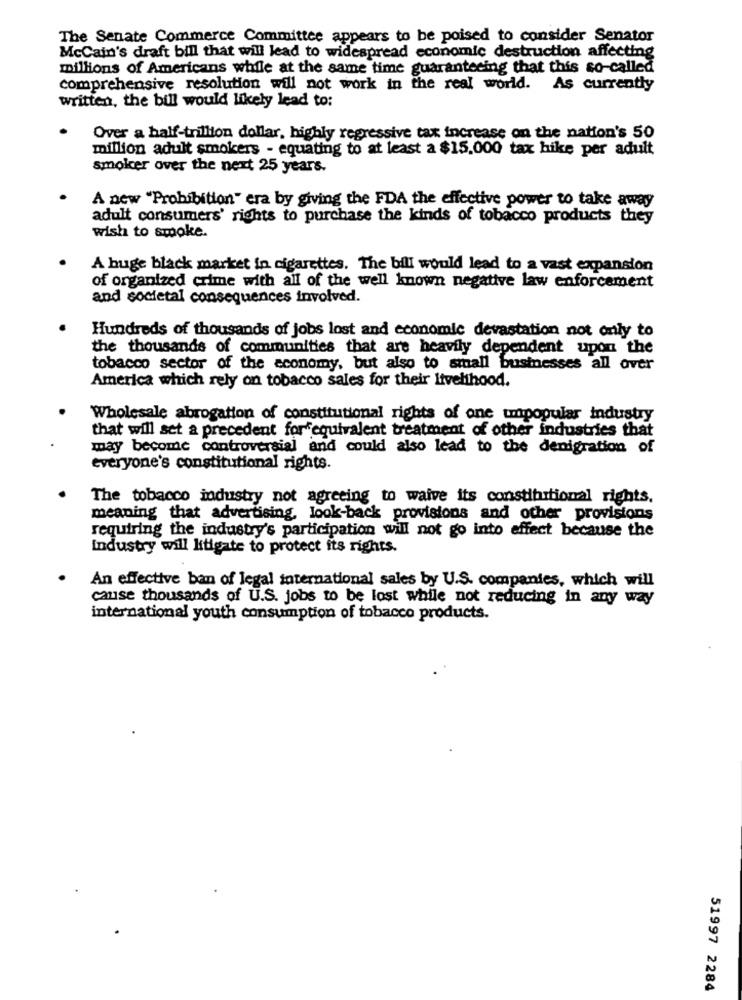
The Senate Commerce Committee appears to be poised to consider Senator
McCain's draft bill that will lead to widespread economic destruction affecting
millions of Americans while at the same time guaranteeing that this so-called
comprehensive resolution will not work in the real world. As currently
written, the bill would likely lead to:
Over a half-trillion dollar, highly regressive tax increase on the nation's 50
million adult smokers - equating to at least a $15.000 tax hike per adult
smoker over the next 25 years.
A new "Prohibition" era by giving the FDA the effective power to take away
adult consumers' rights to purchase the kinds of tobacco products they
wish to smoke.
A huge black market in cigarettes. The bill would lead to a vast expansion
of organized crime with all of the well known negative law enforcement
and societal consequences involved.
Hundreds of thousands of jobs lost and economic devastation not only to
the thousands of communities that are heavily dependent upon the
tobacco sector of the economy, but also to small businesses all over
America which rely on tobacco sales for their livelihood.
Wholesale abrogation of constitutional rights of one unpopular industry
that will set a precedent for equivalent treatment of other industries that
may become controversial and could also lead to the denigration of
everyone's constitutional rights.
The tobacco industry not agreeing to waive its constitutional rights.
meaning that advertising, look-back provisions and other provisions
requiring the industry's participation will not go into effect because the
Industry will litigate to protect its rights.
An effective ban of legal international sales by U.S. companies, which will
cause thousands of U.S. jobs to be lost while not reducing in any way
international youth consumption of tobacco products.
51997 2284